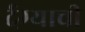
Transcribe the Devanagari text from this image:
र्दग्याची